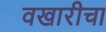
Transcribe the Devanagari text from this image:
वखारीचा